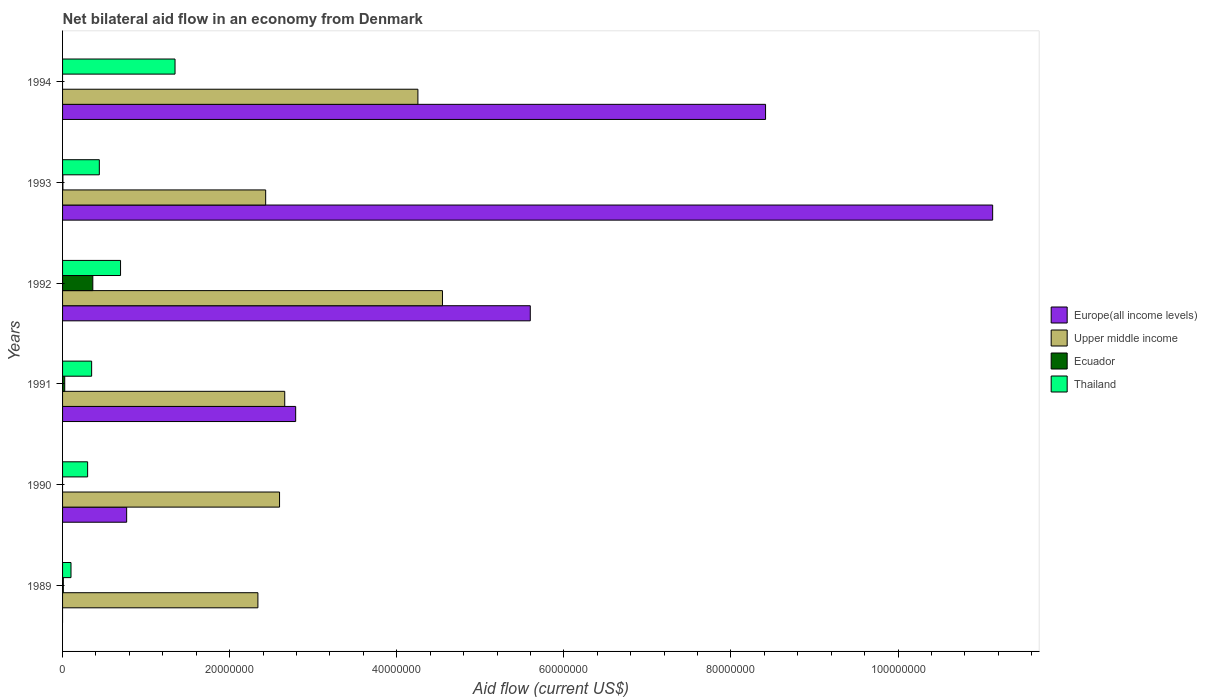
| Years | Europe(all income levels) | Upper middle income | Ecuador | Thailand |
 | --- | --- | --- | --- | --- |
 | 1989 | -1.5e+05 | 2.34e+07 | 9e+04 | 1.01e+06 |
 | 1990 | 7.67e+06 | 2.6e+07 | -4e+04 | 3e+06 |
 | 1991 | 2.79e+07 | 2.66e+07 | 2.6e+05 | 3.48e+06 |
 | 1992 | 5.6e+07 | 4.55e+07 | 3.62e+06 | 6.94e+06 |
 | 1993 | 1.11e+08 | 2.43e+07 | 4e+04 | 4.4e+06 |
 | 1994 | 8.41e+07 | 4.25e+07 | -1e+05 | 1.35e+07 |